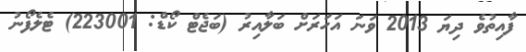
ފާއިތުވެ ދިޔަ 2013 ވަނަ އަހަރަށް ބަލާއިރު (ބަޖެޓް ކޯޑް: 223001) ޓެލެފޯނު